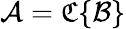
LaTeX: {\mathcal{A}}={\mathfrak{C}}\{ {\mathcal{B}}\}